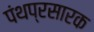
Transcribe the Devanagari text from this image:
पंथप्रसारक